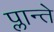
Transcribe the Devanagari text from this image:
प्लान्ते